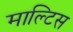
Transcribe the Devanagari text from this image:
माल्टिस